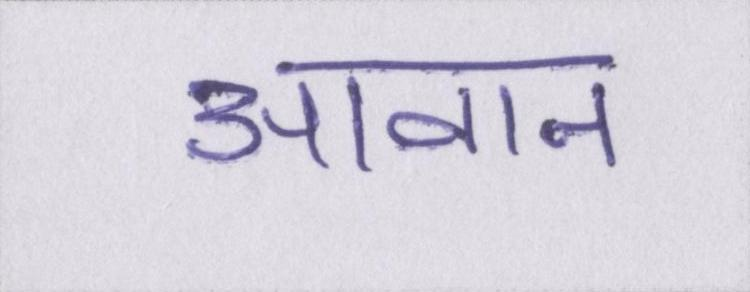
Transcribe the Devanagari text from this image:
आवान